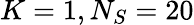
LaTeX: K=1,N_{S}=20